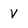
Character: V